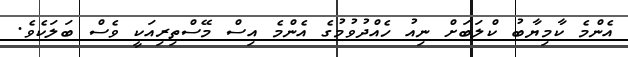
އެންމެ ކާމިޔާބު ކްލަބަށް ނިއު ހެއްދުވުމުގެ އެންމެ އިސް މޭސްތިރިއަކީ ވެސް ބަލަކެވެ.